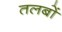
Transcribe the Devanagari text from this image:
तलबों